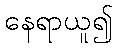
နေရာယူ၍